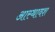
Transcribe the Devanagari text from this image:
आस्थावश